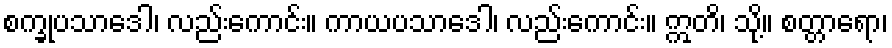
စက္ခုပသာဒေါ၊ လည်းကောင်း။ ကာယပသာဒေါ၊ လည်းကောင်း။ ဣတိ၊ သို့။ စတ္တာရော၊